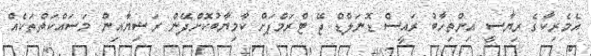
އެމެރިކާގެ ރިޔާސީ އިންތިހާބު ރައީސް ޑޮނަލްޑް ޖޭ ޓްރަމްޕަށް ކާމިޔާބުކޮށްދޭން ރަޝިޔާއިން މަސައްކަތްތަކެއް